Burma Government Medical School reports 1923-41
Year: 1923
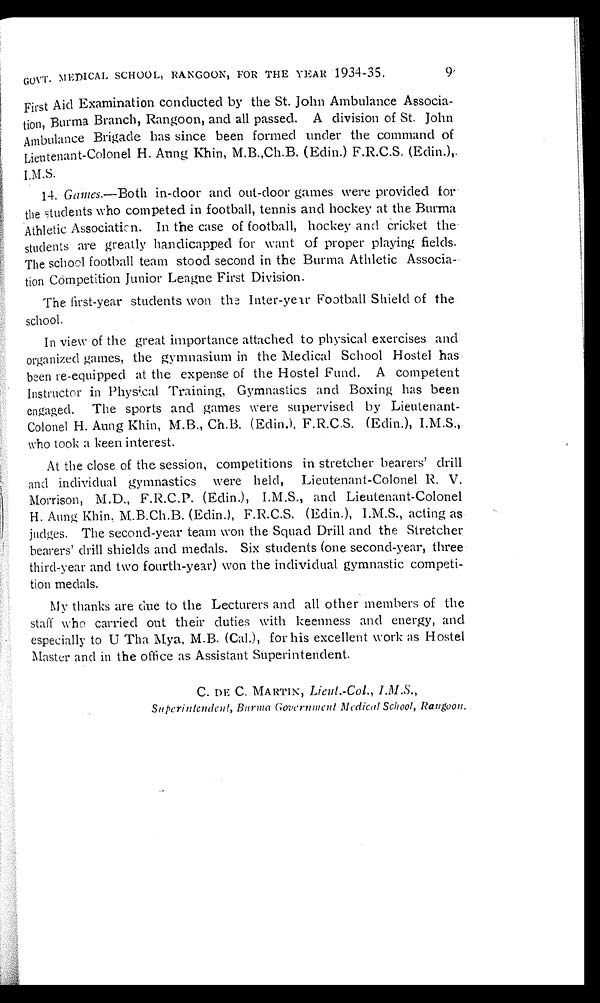
GOVT. MEDICAL SCHOOL, RANGOON, FOR THE YEAR 1934-35.
9
First Aid Examination conducted by the St. John Ambulance Associa-
tion, Burma Branch, Rangoon, and all passed. A division of St. John
Ambulance Brigade has since been formed under the command of
Lieutenant-Colonel H. Aung Khin, M.B.,Ch.B. (Edin.) F.R.C.S. (Edin.)
I.M.S.
14. Games .—Both in-door and out-door games were provided for
the students who competed in football, tennis and hockey at the Burma
Athletic Association. In the case of football, hockey and cricket the
students are greatly handicapped for want of proper playing fields.
The school football team stood second in the Burma Athletic Associa-
tion Competition Junior League First Division.
The first-year students won the Inter-year Football Shield of the
school.
In view of the great importance attached to physical exercises and
organized games, the gymnasium in the Medical School Hostel has
been re-equipped at the expense of the Hostel Fund. A competent
Instructor in Physical Training, Gymnastics and Boxing has been
engaged. The sports and games were supervised by Lieutenant-
Colonel H. Aung Khin, M.B., Ch.B. (Edin.), F.R.C.S. (Edin.), I.M.S.,
who took a keen interest.
At the close of the session, competitions in stretcher bearers' drill
and individual gymnastics were held, Lieutenant-Colonel R. V.
Morrison, M.D., F.R.C.P. (Edin.), I.M.S., and Lieutenant-Colonel
H. Aung Khin. M.B.Ch.B. (Edin.), F.R.C.S. (Edin.), I.M.S., acting as
judges. The second-year team won the Squad Drill and the Stretcher
bearers' drill shields and medals. Six students (one second-year, three
third-year and two fourth-year) won the individual gymnastic competi-
tion medals.
My thanks are due to the Lecturers and all other members of the
staff who carried out their duties with keenness and energy, and
especially to U Tha Mya, M.B. (Cal.), for his excellent work as Hostel
Master and in the office as Assistant Superintendent.
C. DE C. MARTIN, Lieut.-Col., I.M.S.,
Superintendent, Burma Government Medical School, Rangoon.